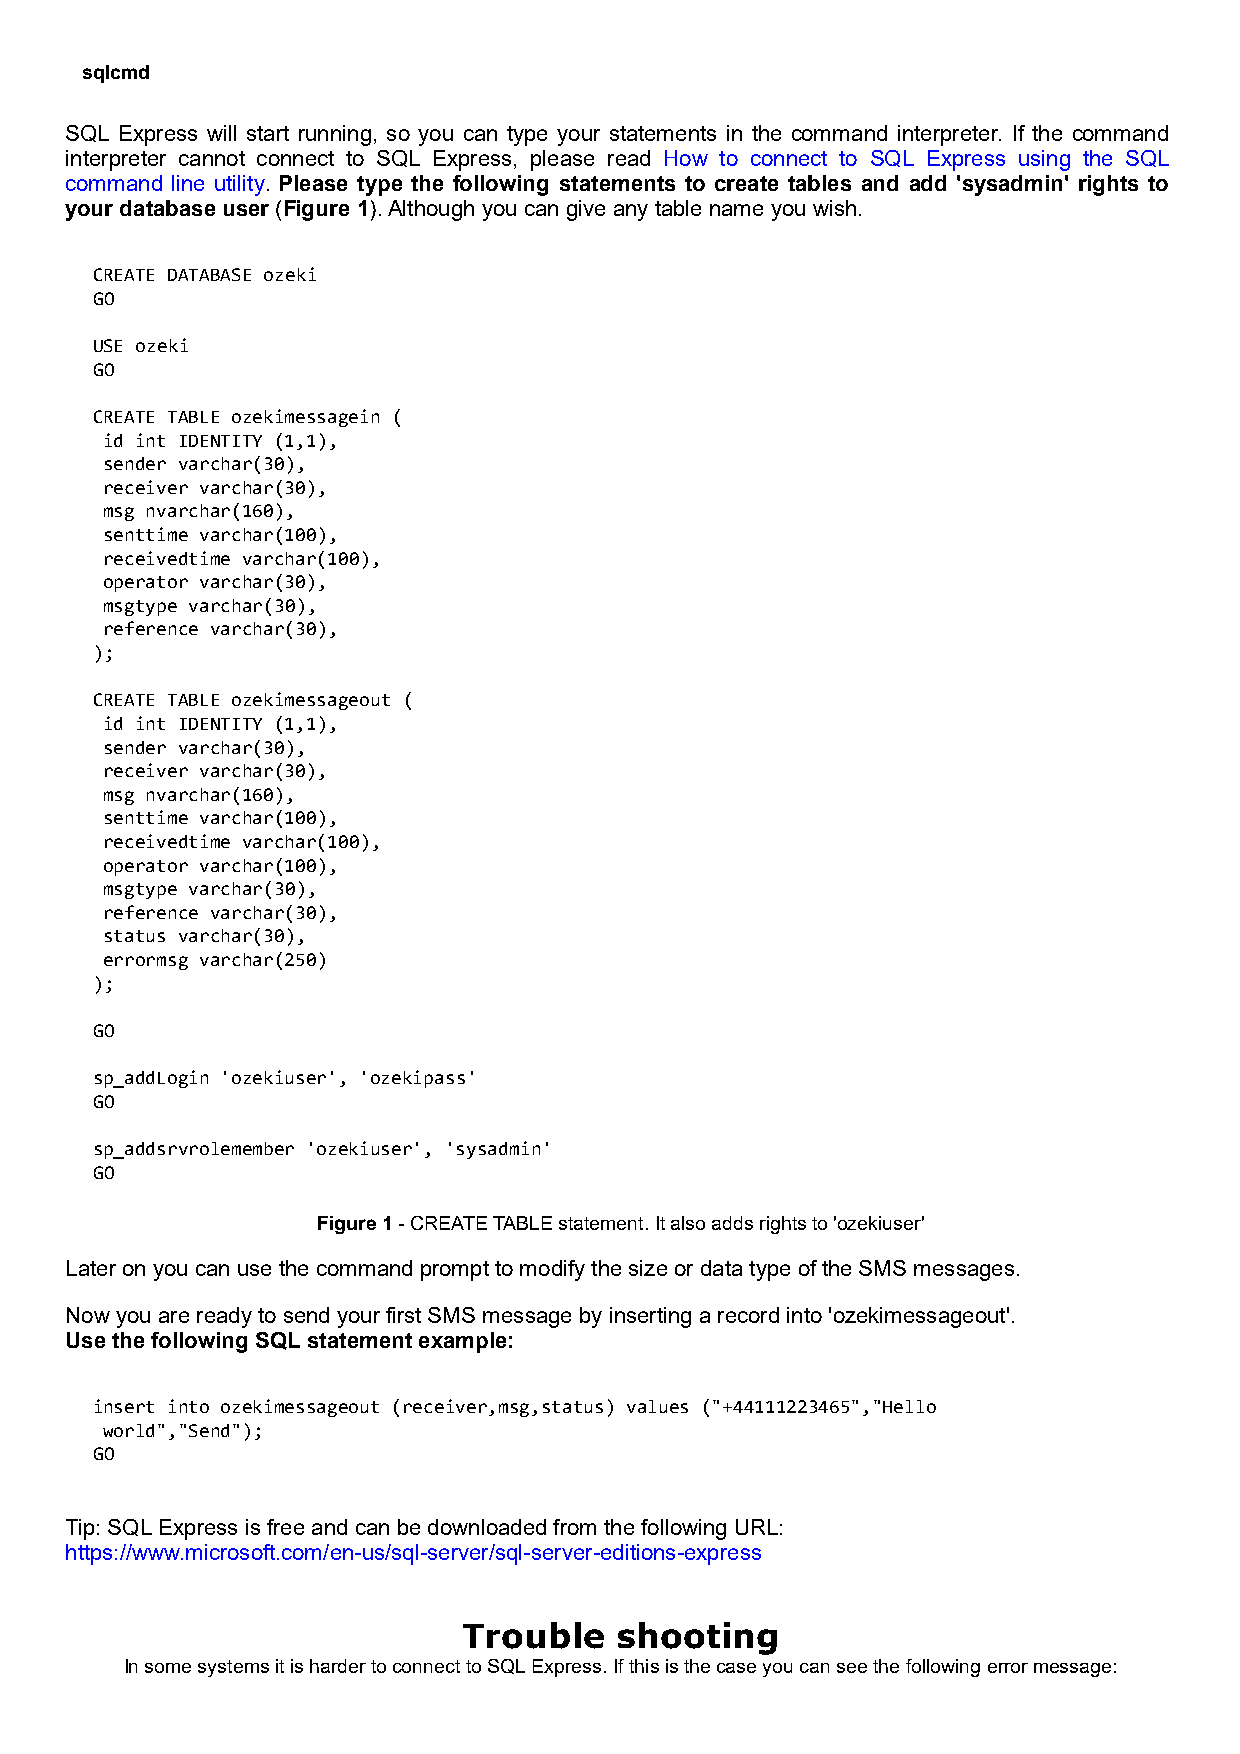
sqlcmd
 SQL Express will start running, so you can type your statements in the command interpreter. If the command
 interpreter cannot connect to SQL Express, please read How to connect to SQL Express using the SQL
 command line utility. Please type the following statements to create tables and add 'sysadmin' rights to
 your database user (Figure 1). Although you can give any table name you wish.
 CREATE DATABASE ozeki
 GO
 USE ozeki
 GO
 CREATE TABLE ozekimessagein (
 id int IDENTITY (1,1),
 sender varchar(30),
 receiver varchar(30),
 msg nvarchar(160),
 senttime varchar(100),
 receivedtime varchar(100),
 operator varchar(30),
 msgtype varchar(30),
 reference varchar(30),
 );
 CREATE TABLE ozekimessageout (
 id int IDENTITY (1,1),
 sender varchar(30),
 receiver varchar(30),
 msg nvarchar(160),
 senttime varchar(100),
 receivedtime varchar(100),
 operator varchar(100),
 msgtype varchar(30),
 reference varchar(30),
 status varchar(30),
 errormsg varchar(250)
 );
 GO
 sp_addLogin 'ozekiuser', 'ozekipass'
 GO
 sp_addsrvrolemember 'ozekiuser', 'sysadmin'
 GO
 Figure 1 - CREATE TABLE statement. It also adds rights to 'ozekiuser'
 Later on you can use the command prompt to modify the size or data type of the SMS messages.
 Now you are ready to send your first SMS message by inserting a record into 'ozekimessageout'.
 Use the following SQL statement example:
 insert into ozekimessageout (receiver,msg,status) values ("+44111223465","Hello
 world","Send");
 GO
 Tip: SQL Express is free and can be downloaded from the following URL:
 https://www.microsoft.com/en-us/sql-server/sql-server-editions-express
 Trouble   shooting
 In some systems it is harder to connect to SQL Express. If this is the case you can see the following error message: